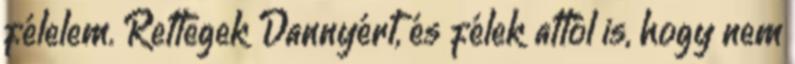
félelem. Rettegek Dannyért, és félek attól is, hogy nem